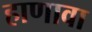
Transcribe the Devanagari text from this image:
हाणावा